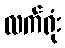
လက်ရုံး